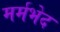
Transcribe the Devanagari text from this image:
मर्मभेद